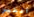
الطير